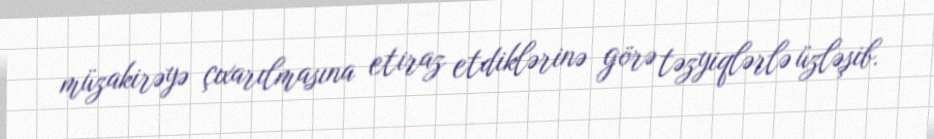
müzakirəyə çıxarılmasına etiraz etdiklərinə görə təzyiqlərlə üzləşib.